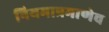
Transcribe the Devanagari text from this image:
नियमाप्रमाणेच